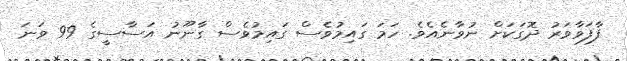
ފާފަވާވަރު ދޮގަކަށް ނުވާނެއެވެ. ހަމަ ގައިމުވެސް ގައިމުވެސް ގާނޫނު އަސާސީގެ 99 ވަނަ